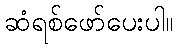
ဆံရစ်ဖော်ပေးပါ။